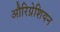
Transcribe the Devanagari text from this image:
औरिग्नेशियन